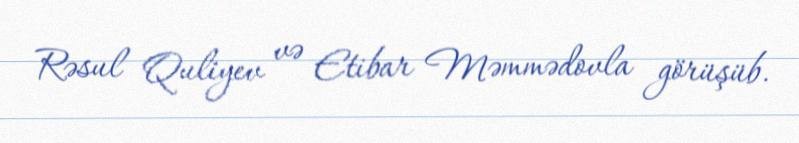
Rəsul Quliyev və Etibar Məmmədovla görüşüb.